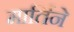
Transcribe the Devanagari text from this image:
मार्तिने